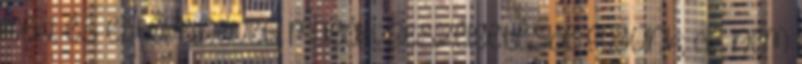
neki, és ettől elneveti magát. Beszélgetésbe fogunk; de nem